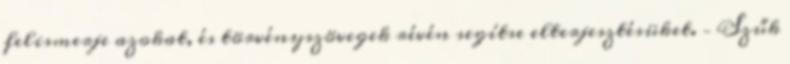
felismerje azokat, és törvényszövegek révén segítse elterjesztésüket. – Szűk